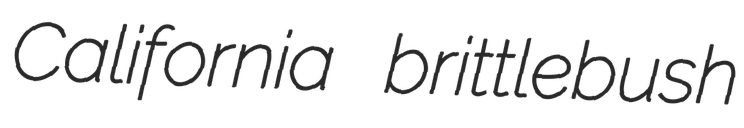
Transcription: California brittlebush